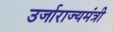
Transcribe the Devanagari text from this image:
उर्जाराज्यमंत्री